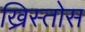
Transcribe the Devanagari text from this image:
ख्रिस्‍तोस